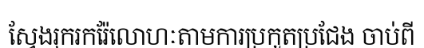
ស្វែងរុករករ៉ែលោហៈតាមការប្រកួតប្រជែង ចាប់ពី